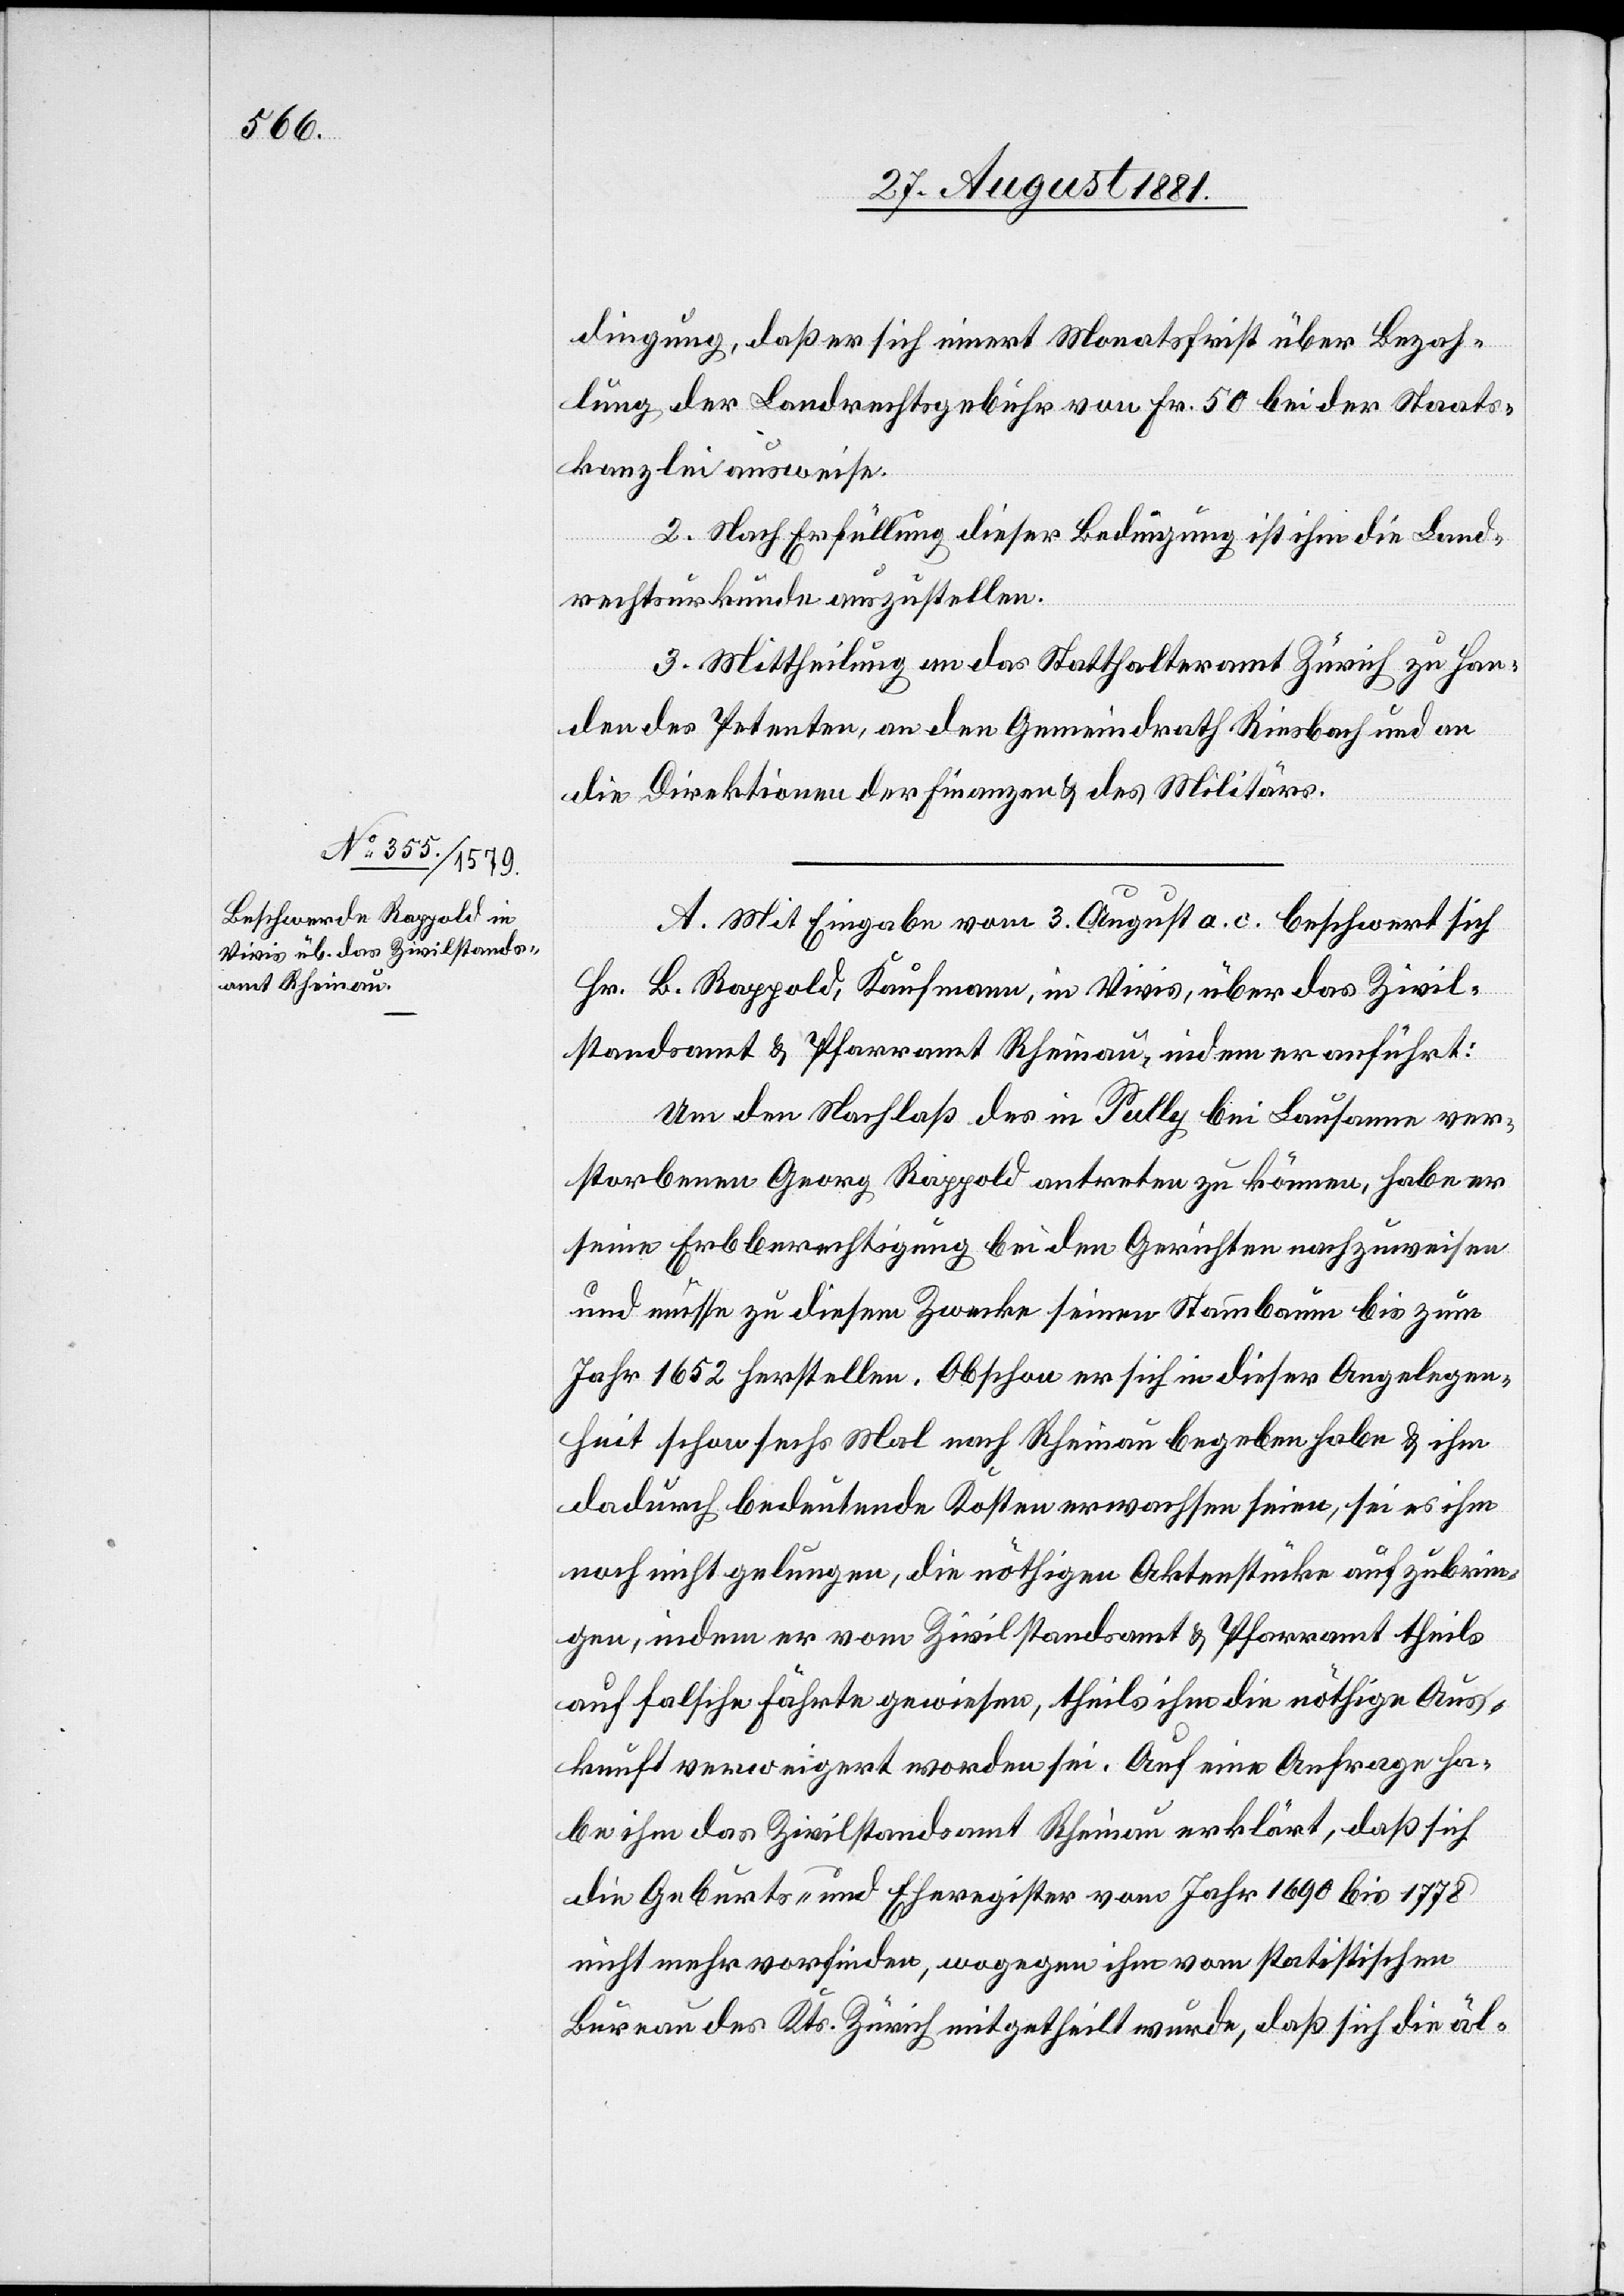
dingung, daß sich innert Monatsfirst über Bezah¬
lung der Landrechtsgebühr von Fr. 50 bei der Staats¬
kanzlei ausweise.
2. Nach Erfüllung dieser Bedingung ist ihm die Land¬
rechtsurkunde auszustellten.
3. Mittheilung an das Statthalteramt Zürich zu Han¬
den des Petenten, an den Gemeindrath Riesbach und an
die Direktionen der Finanzen & des Militärs.
A. Mit Eingabe vom 3. August a. c. beschwert sich
Hr. B. Rappold, Kaufmann, in Vivis, über das Zivil¬
standsamt & Pfarramt Rheinau, indem er anführt:
Um den Nachlaß des in Pully bei Lausanne ver¬
storbenen Georg Rappold antreten zu können, habe er
seine Erbberechtigung bei den Gerichten nachzuweisen
und müsse zu diesem Zwecke seinen Stammbaum bis zum
Jahr 1652 herstellen. Obschon er sich in dieser Angelegen¬
heit schon sechs Mal nach Rheinau begeben habe & ihm
dadurch bedeutende Kosten erwachsen seien, sei es ihm
noch nicht gelungen, die nöthigen Aktenstücke aufzubrin¬
gen, indem er vom Zivilstandsamt & Pfarramt theils
auf falsche Fährte gewiesen, theils ihm die nöthige Aus¬
kunft verweigert worden sei. Auf eine Anfrage ha¬
be ihm das Zivilstandsamt Rheinau erklärt, daß sich
die Geburts- & Eheregister vom Jahr 1690 bis 1778
nicht mehr vorfinden, wogegen ihm vom statistischen
Büreau des Kts. Zürich mitgetheilt wurde, daß sich die äl-